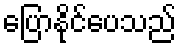
ပြောနိုင်ပေသည်